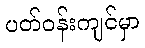
ပတ်ဝန်းကျင်မှာ